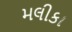
મલીકા